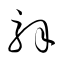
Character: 解